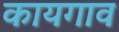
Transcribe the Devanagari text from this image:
कायगाव